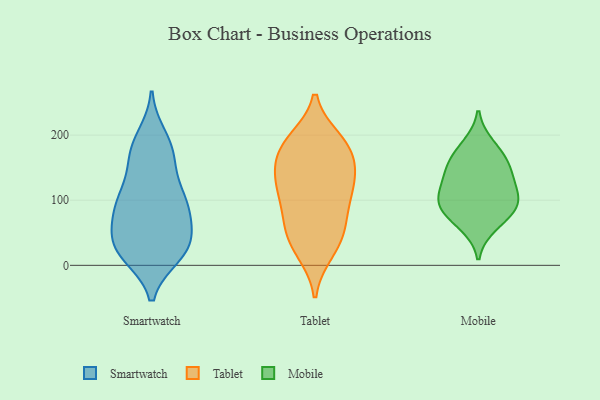
{"axis": {"x": "Humidity (%)", "y": "Value"}, "legend": ["Mobile", "Smartwatch", "Tablet"], "data": [{"x": "", "y": 100, "type": "Smartwatch"}, {"x": "", "y": 30, "type": "Smartwatch"}, {"x": "", "y": 56, "type": "Smartwatch"}, {"x": "", "y": 93, "type": "Smartwatch"}, {"x": "", "y": 24, "type": "Smartwatch"}, {"x": "", "y": 197, "type": "Smartwatch"}, {"x": "", "y": 41, "type": "Smartwatch"}, {"x": "", "y": 172, "type": "Smartwatch"}, {"x": "", "y": 108, "type": "Smartwatch"}, {"x": "", "y": 184, "type": "Smartwatch"}, {"x": "", "y": 22, "type": "Smartwatch"}, {"x": "", "y": 72, "type": "Smartwatch"}, {"x": "", "y": 107, "type": "Smartwatch"}, {"x": "", "y": 168, "type": "Smartwatch"}, {"x": "", "y": 100, "type": "Smartwatch"}, {"x": "", "y": 78, "type": "Smartwatch"}, {"x": "", "y": 153, "type": "Smartwatch"}, {"x": "", "y": 17, "type": "Smartwatch"}, {"x": "", "y": 33, "type": "Smartwatch"}, {"x": "", "y": 16, "type": "Smartwatch"}, {"x": "", "y": 47, "type": "Tablet"}, {"x": "", "y": 72, "type": "Tablet"}, {"x": "", "y": 24, "type": "Tablet"}, {"x": "", "y": 148, "type": "Tablet"}, {"x": "", "y": 112, "type": "Tablet"}, {"x": "", "y": 193, "type": "Tablet"}, {"x": "", "y": 98, "type": "Tablet"}, {"x": "", "y": 119, "type": "Tablet"}, {"x": "", "y": 165, "type": "Tablet"}, {"x": "", "y": 20, "type": "Tablet"}, {"x": "", "y": 67, "type": "Tablet"}, {"x": "", "y": 126, "type": "Tablet"}, {"x": "", "y": 188, "type": "Tablet"}, {"x": "", "y": 50, "type": "Tablet"}, {"x": "", "y": 190, "type": "Tablet"}, {"x": "", "y": 155, "type": "Tablet"}, {"x": "", "y": 127, "type": "Tablet"}, {"x": "", "y": 180, "type": "Tablet"}, {"x": "", "y": 89, "type": "Mobile"}, {"x": "", "y": 102, "type": "Mobile"}, {"x": "", "y": 77, "type": "Mobile"}, {"x": "", "y": 147, "type": "Mobile"}, {"x": "", "y": 168, "type": "Mobile"}, {"x": "", "y": 110, "type": "Mobile"}, {"x": "", "y": 185, "type": "Mobile"}, {"x": "", "y": 149, "type": "Mobile"}, {"x": "", "y": 97, "type": "Mobile"}, {"x": "", "y": 130, "type": "Mobile"}, {"x": "", "y": 61, "type": "Mobile"}]}